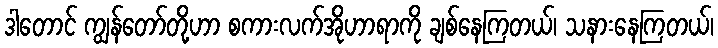
ဒါတောင် ကျွန်တော်တို့ဟာ စကားလက်အိုဟာရာကို ချစ်နေကြတယ်၊ သနားနေကြတယ်၊